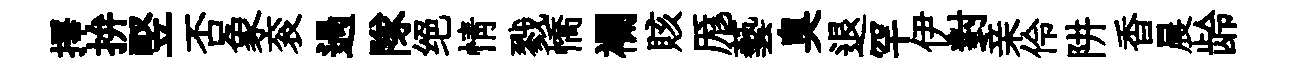
擇拚竪否象衮過隊绝情戮憍襴賅厖藝臭退罕伊對亲伶阱香晨龄